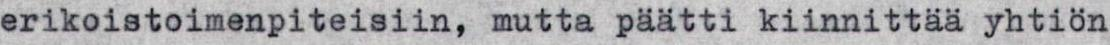
erikoistoimenpiteisiin, mutta paatti kiinnittaa yhtion